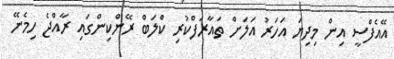
އޭއެފްސީ އިން މިދިޔަ އަހަރު އަލަށް ތައާރަފްކުރި ކްލަބް ރޭންކިންގައި ރާއްޖެ ހިމެނޭ